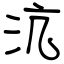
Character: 沆